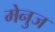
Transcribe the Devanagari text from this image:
मेनुज